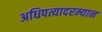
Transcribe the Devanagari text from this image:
अधिपत्यादरम्यान